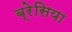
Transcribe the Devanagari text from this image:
ब्रेसिया